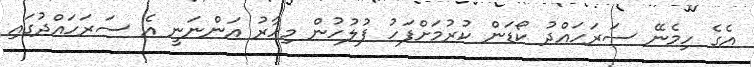
އެގެ ހިމެނޭ ސަރަހައްދު ކޯޑަން ކުރުމަށްފަހު ފުލުހުން މިހާރު އަންނަނީ އެ ސަރަހައްދުގައި